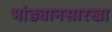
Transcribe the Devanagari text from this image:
भांड्यानसारखा